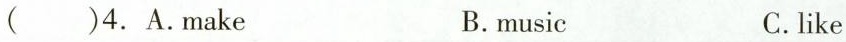
( )4. A.Make B.music C.like